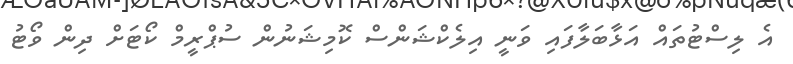
އެ ލިސްޓުތައް އަޅާބަލާފައި ވަނީ އިލެކްޝަންސް ކޮމިޝަނުން ސުޕްރީމް ކޯޓަށް ދިން ވޯޓު